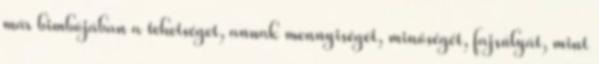
már bimbójában a tehetséget, annak mennyiségét, minőségét, fajsúlyát, mint